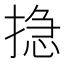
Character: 𢰽